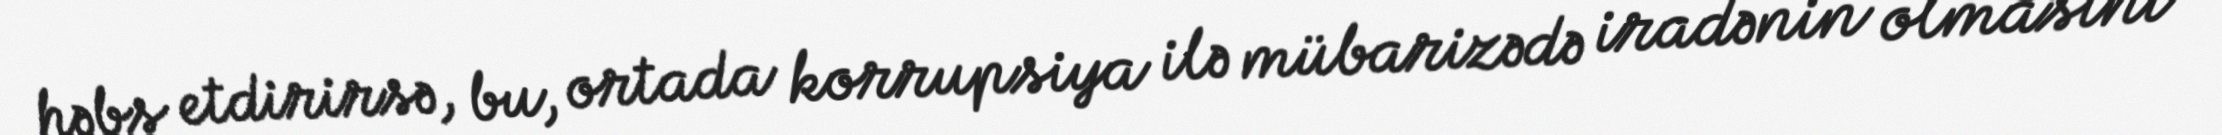
həbs etdirirsə, bu, ortada korrupsiya ilə mübarizədə iradənin olmasını